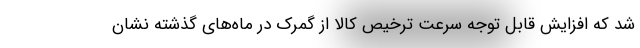
شد که افزایش قابل توجه سرعت ترخیص کالا از گمرک در ماه‌های گذشته نشان